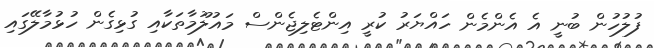
ފުލުހުން ބުނީ އެ އެންމެން ހައްޔަރު ކުރީ އިންޓެލިޖެންސް މައުލޫމާތަކާއި ގުޅިގެން ހުޅުމާލޭގައި